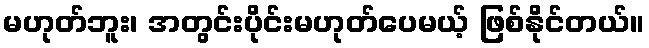
မဟုတ်ဘူး၊ အတွင်းပိုင်းမဟုတ်ပေမယ့် ဖြစ်နိုင်တယ်။